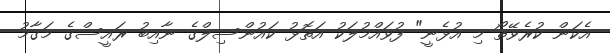
އެކަން ކުރެވޭތޯ މި އުޅެނީ" ފުވައްމުލަކު އަތޮޅު ކައުންސިލްގެ ނާއިބު ރައީސްގެ މަގާމު